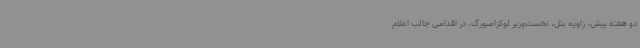
دو هفته پیش، زاویه بتل، نخست‌وزیر لوکزامبورگ، در اقدامی جالب اعلام